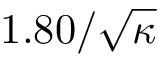
1 . 8 0 / \sqrt { \kappa }